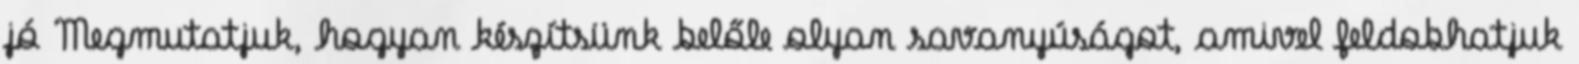
jó Megmutatjuk, hogyan készítsünk belőle olyan savanyúságot, amivel feldobhatjuk